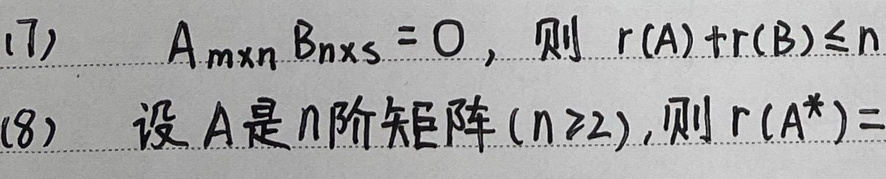
(7) \(A_{m\times n}B_{n\times s}=O\), 则 \(r(A)+r(B)\leq n\)

(8) 设\(A\)是\(n\)阶矩阵\((n\geq2)\), 则\(r(A^*)=\)